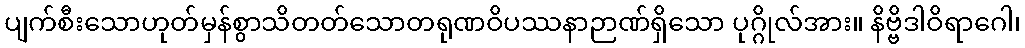
ပျက်စီးသောဟုတ်မှန်စွာသိတတ်သောတရုဏဝိပဿနာဉာဏ်ရှိသော ပုဂ္ဂိုလ်အား။ နိဗ္ဗိဒါဝိရာဂေါ၊